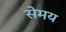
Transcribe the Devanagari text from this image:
सेमय